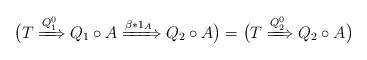
LaTeX: \begin{align*} \bigl( T \xRightarrow{Q_1^0} Q_1 \circ A \xRightarrow{\beta * 1_A} Q_2 \circ A \bigr) = \bigl( T \xRightarrow{Q_2^0} Q_2 \circ A \bigr)\end{align*}